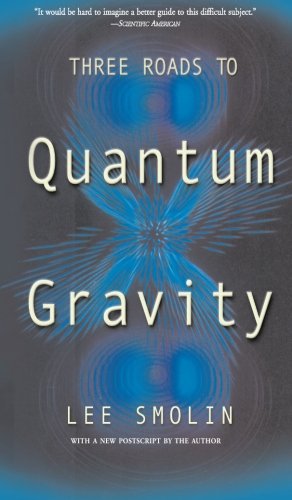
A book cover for Three Roads To Quantum Gravity (Science Masters); Lee Smolin; Science & Math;